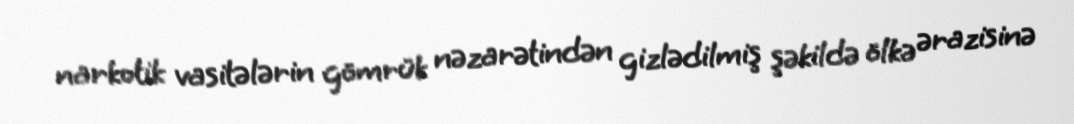
narkotik vasitələrin gömrük nəzarətindən gizlədilmiş şəkildə ölkə ərazisinə